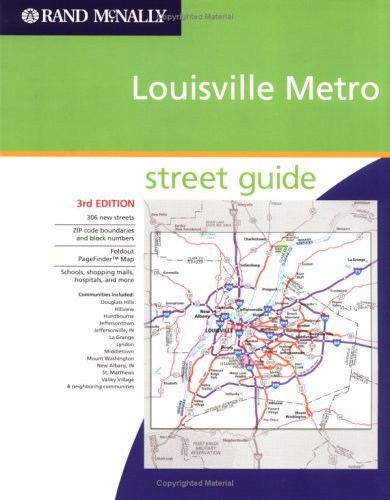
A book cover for Rand McNally Louisville Metro: Street Guide (Rand McNally Street Guides); Rand McNally and Company; Travel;